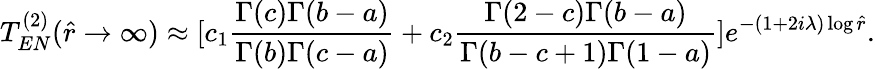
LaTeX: T_{EN}^{(2)}(\hat{r}\rightarrow\infty)\approx[c_{1}\frac{\Gamma(c)\Gamma(b-a)}{\Gamma(b)\Gamma(c-a)}+c_{2}\frac{\Gamma(2-c)\Gamma(b-a)}{\Gamma(b-c+1)\Gamma(1-a)}]e^{-(1+2i\lambda)\log\hat{r}}.